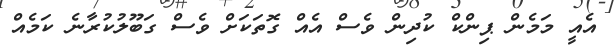
އެއީ މަމެން ޕިންކް ކުދިން ވެސް އެއް ގޮތަކަށް ވެސް ގަބޫލުކުރާނެ ކަމެއް